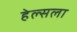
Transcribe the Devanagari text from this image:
हेल्सला